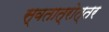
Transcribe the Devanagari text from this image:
स्वतात्रोत्तर